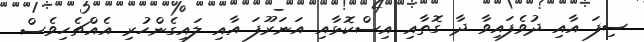
ސިފަ އާއި ދުވެފައިވާ ދާ ގޮތާއި އިސްކޮޅާއި އަނަރޫފަ އާއި ލައިގެންހުރި އެއްޗެހިވެސް